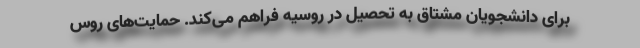
برای دانشجویان مشتاق به تحصیل در روسیه فراهم می‌کند. حمایت‌های روس